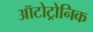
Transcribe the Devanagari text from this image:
ऑटोट्रोनिक